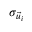
\sigma _ { \vec { u } _ { i } }